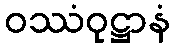
ဝဿံဝုဋ္ဌာနံ